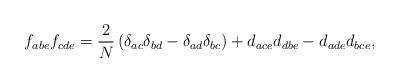
LaTeX: \begin{align*}f_{abe}f_{cde}=\frac{2} {N}\left(\delta_{ac}\delta_{bd}-\delta_{ad}\delta_{bc}\right)+d_{ace}d_{dbe}-d_{ade}d_{bce},\end{align*}